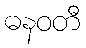
ဓနဝတီ